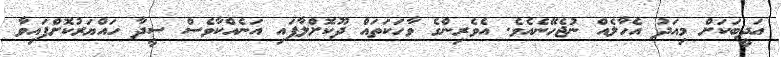
އަދީބަކަށް މިއަދު އެހާލެއް ނުޖެހޭނެއެވެ. އެވެރިންގެ ވާހަކަތައް ދޫކޮށްލާފައި އަނެއްކާވެސް ސީދާ ހައްޔަރުކޮށްފައިވާ